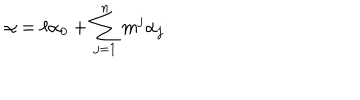
LaTeX: \alpha = \ell \alpha _ { 0 } + \sum _ { j = 1 } ^ { n } m ^ { j } \alpha _ { j }